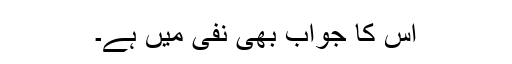
اس کا جواب بھی نفی میں ہے۔